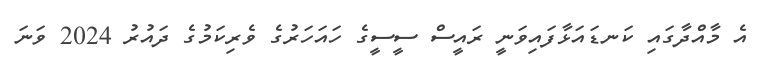
އެ މާއްދާގައި ކަނޑައަޅާފައިވަނީ ރައީސް ސީސީގެ ހައަހަރުގެ ވެރިކަމުގެ ދައުރު 2024 ވަނަ